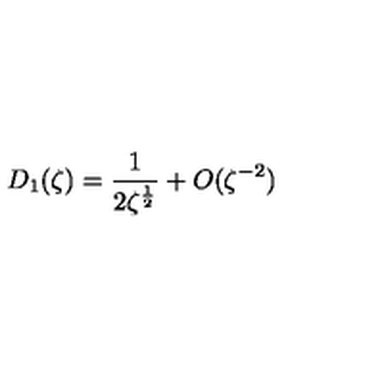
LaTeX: D _ { 1 } ( \zeta ) = \frac { 1 } { 2 \zeta ^ { \frac 1 2 } } + O ( \zeta ^ { - 2 } )